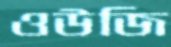
ওউজি